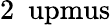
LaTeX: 2~\mathrm{\ upmus}